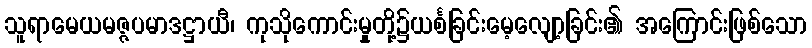
သူရာမေယမဇ္ဇပမာဒဋ္ဌာယီ၊ ကုသိုကောင်းမှုတို့၌ယင်္စခြင်းမေ့လျော့ခြင်း၏ အကြောင်းဖြစ်သော